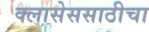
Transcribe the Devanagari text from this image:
क्लासेससाठीचा